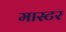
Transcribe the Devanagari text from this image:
मास्टर